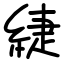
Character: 緁